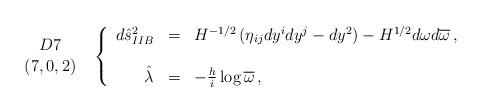
LaTeX: \begin{align*}\begin{array}{c}D7\\(7,0,2)\\\end{array}\,\,\,\left\{\begin{array}{rcl}d\hat{s}^{2}_{IIB} & = & H^{-1/2}\left( \eta_{ij}dy^{i}dy^{j} -dy^{2}\right)-H^{1/2}d\omega d\overline{\omega}\, ,\\& & \\\hat{\lambda} & = & -\frac{h}{i}\log{\overline{\omega}}\, ,\\\end{array}\right.\end{align*}